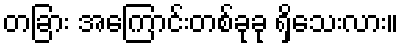
တခြား အကြောင်းတစ်ခုခု ရှိသေးလား။